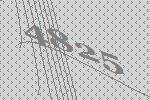
4825